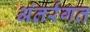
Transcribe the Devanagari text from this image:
अंतर्रगत